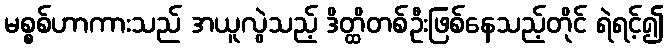
မစ္စစ်ဟာကားသည် အယူလွဲသည့် ဒိတ္ထိတစ်ဦးဖြစ်နေသည့်တိုင် ရဲရင့်၍